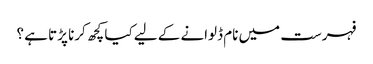
فہرست میں نام ڈلوانے کے لیے کیا کچھ کرنا پڑتا ہے ؟